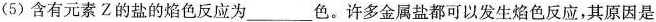
(5)含有元素Z的盐的焰色反应为___色。许多金属盐都可以发生焰色反应，其原因是